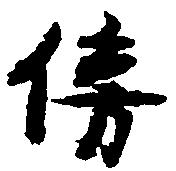
傍